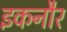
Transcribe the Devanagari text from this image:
इकनौर